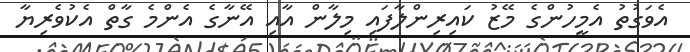
އެވަގުތު އެމީހުންގެ މޭޒު ކައިރިންލާފައި މިލާން އާއި އޭނާގެ އެންމެ ގާތް އެކުވެރިޔާ